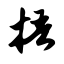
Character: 捂